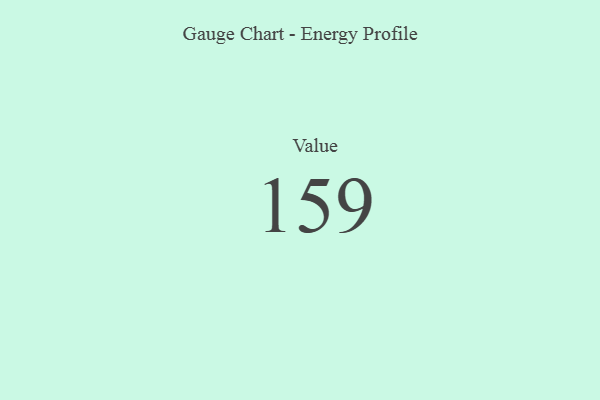
{"axis": {"x": "Metric", "y": "Value"}, "legend": [""], "data": [{"x": "Value", "y": 159, "type": ""}]}